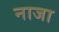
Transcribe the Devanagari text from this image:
नाजा